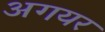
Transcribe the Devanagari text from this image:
अगयर